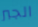
الجبر